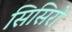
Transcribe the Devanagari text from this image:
सिसिरो